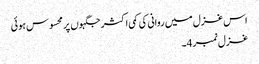
اس غزل میں روانی کی کمی اکثر جگہوں پر محسوس ہوئی
غزل نمبر 4۔